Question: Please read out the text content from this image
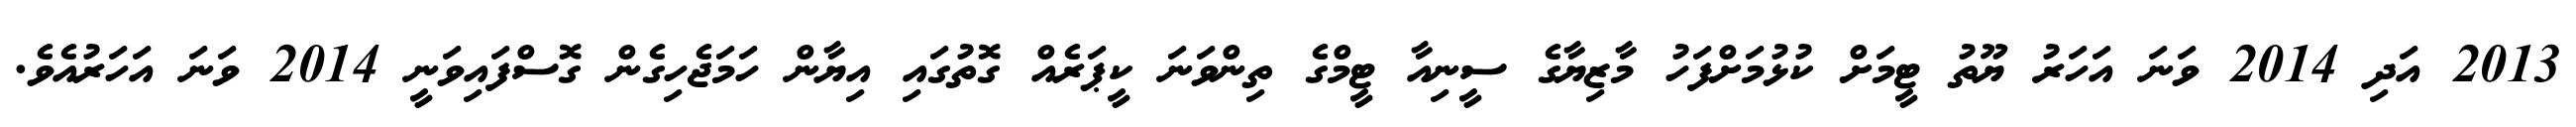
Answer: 2013 އަދި 2014 ވަނަ އަހަރު ޔޫތު ޓީމަށް ކުޅުމަށްފަހު މާޒިޔާގެ ސީނިއާ ޓީމްގެ ތިންވަނަ ކީޕަރެއް ގޮތުގައި އިޔާން ހަމަޖެހިގެން ގޮސްފައިވަނީ 2014 ވަނަ އަހަރުއެވެ.